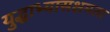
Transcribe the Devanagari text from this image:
युद्धाभ्यासक्षमता